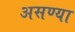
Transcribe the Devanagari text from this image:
असण्या